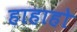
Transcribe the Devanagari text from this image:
हाहाहो